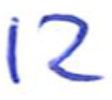
Text: 12
Cross-out: clean
Writing tool: ballpoint